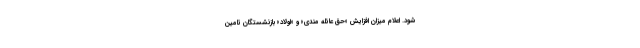
شود. اعلام میزان افزایش «حق عائله مندی» و «اولاد» بازنشستگان تامین